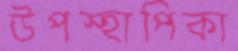
উপস্হাপিকা